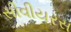
સીવીયરસ